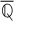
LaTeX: \overline { { \mathbb { Q } } }